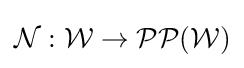
{\mathcal {N}}:{\mathcal {W}}\to {\mathcal {PP}}({\mathcal {W}})